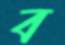
ব